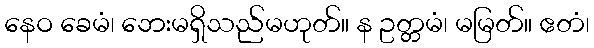
နေဝ ခေမံ၊ ဘေးမရှိသည်မဟုတ်။ န ဥတ္တမံ၊ မမြတ်။ ဧတံ၊